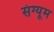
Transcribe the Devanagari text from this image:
संग्यूम